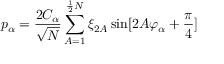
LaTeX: p _ { \alpha } = \frac { 2 C _ { \alpha } } { \sqrt { N } } \sum _ { A = 1 } ^ { \frac { 1 } { 2 } N } \xi _ { 2 A } \sin [ 2 A \varphi _ { \alpha } + \frac { \pi } { 4 } ]